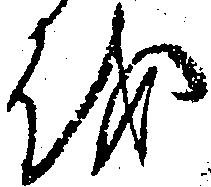
を